Civil Veterinary Dept. Assam report 1911-1927 - 1911-1927
Year: 1911
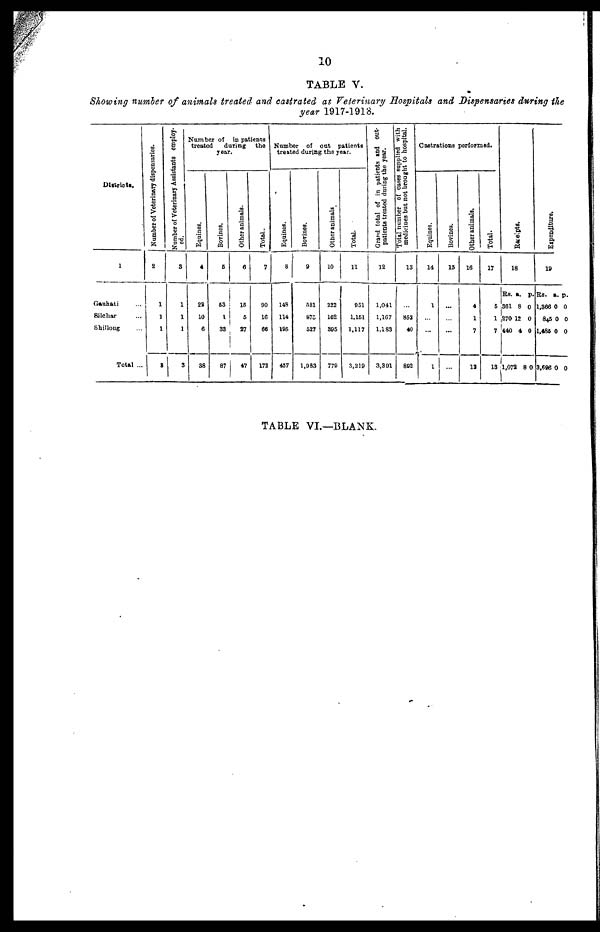
10
TABLE V.
Showing number of animals treated and castrated at Veterinary Hospitals and Dispensaries during the
year 1917-1913.
Districts.
1
Gauhati ...
Silchar ...
Shillong ...
Total ...
Number of Veterinary dispensaries.
2
1
1
1
Number of Veterinary Assistants employ-
ed.
3
1
1
1
3
Nam ber of in patients
treated
during
the
year.
Equines.
4
22
10
6
S8
Bovines.
5
53
1
33
87
Other animals.
6
18
5
27
47
Total..
7
90
16
66
172
Number of out
patients
treated during the year.
Equines.
8
148
114
195
457
Borines.
9
581
875
527
1,983
Other animals
10
222
162
395
779
Total.
11
951
1.161
1.117
3,219
Grand
total of in patients and out-
patientB treated
during the year.
12
1,041
1,107
1,183
3,391
Total number of cases supplied with
medicines but not brought to hospital.
13
...
852
40
892
Castrations performed.
Equines.
14
1
...
...
1
Bovines.
15
...
...
...
...
Other animals.
16
4
1
7
12
Total.
17
5
1
7
13
Recei pt s .
18
Rs.
361
270
440
1,072
a.
8
12
4
8
p.
0
0
0
0
Expenditure.
19
Rs.
1,366
845
1,436
3.696
a.
0
0
0
0
p.
0
0
0
0
TABLE VI.—BLANK.